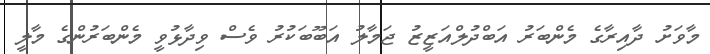
މާވަށު ދާއިރާގެ މެންބަރު އަބްދުލްއަޒީޒު ޖަމާލު އަބޫބަކުރު ވެސް ވިދާޅުވީ މެންބަރުންގެ މާލީ